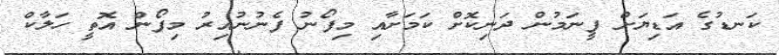
ކަނޑުގެ އަޑިޔަށް ފީނަމުން ދަނިކޮށް ކަމަށާއި މިފޯނު ފެނުނުއިރު މިފޯން އޮތީ ހަލާކް